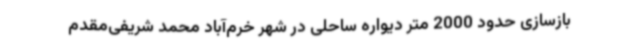
بازسازی حدود 2000 متر دیواره ساحلی در شهر خرم‌آباد محمد شریفی‌مقدم